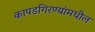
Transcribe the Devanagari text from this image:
कापडगिरण्यांमधील